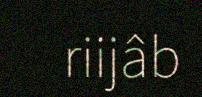
riijâb